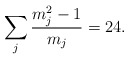
\begin{align*}\sum_j \frac{m_j^2 - 1}{m_j} = 24.\end{align*}